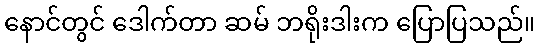
နောင်တွင် ဒေါက်တာ ဆမ် ဘရိုးဒါးက ပြောပြသည်။